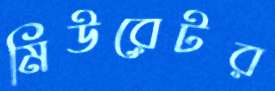
মিউরেটর